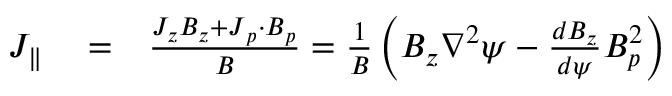
\begin{array} { r l r } { J _ { \parallel } } & { { } = } & { \frac { J _ { z } B _ { z } + \boldsymbol { J } _ { p } \cdot \boldsymbol { B } _ { p } } { B } = \frac { 1 } { B } \left( B _ { z } \nabla ^ { 2 } \psi - \frac { d B _ { z } } { d \psi } B _ { p } ^ { 2 } \right) } \end{array}